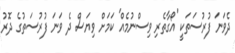
ދެވަނަ ފުރުސަތަކީ 'އޯގާތެރި ވިސްނުމެއް' ކަމަށް ވިޔަސް ދެ ވަނަ ފުރުސަތުގެ ދޮރު